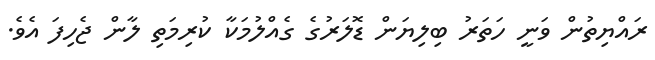
ރައްޔިތުން ވަނީ ހަތަރު ބިލިޔަން ޑޮލަރުގެ ގެއްލުމަކާ ކުރިމަތި ލާން ޖެހިފަ އެވެ.